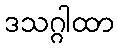
ဒသဂ္ဂါထာ